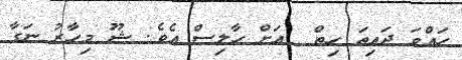
ހައްވަ ދައިތަ ހިތް  އަށް ހާލިސް އެވެ. ޝޫ މިހާރު ނަގާ